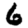
Digit: 6